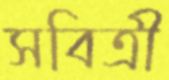
সবিত্রী